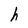
Character: h